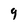
Character: 9